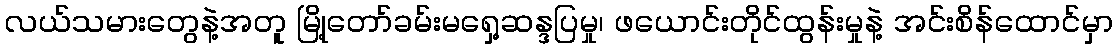
လယ်သမားတွေနဲ့အတူ မြို့တော်ခမ်းမရှေ့ဆန္ဒပြမှု၊ ဖယောင်းတိုင်ထွန်းမှုနဲ့ အင်းစိန်ထောင်မှာ